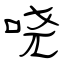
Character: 哓